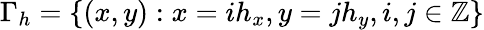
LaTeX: \Gamma_{h}=\{ (x,y):x=ih_{x},y=jh_{y},i,j\in\mathbb{Z}\}